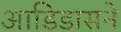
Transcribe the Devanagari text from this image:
आडिडासने